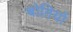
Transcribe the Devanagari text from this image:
बोतियों